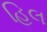
હિલ